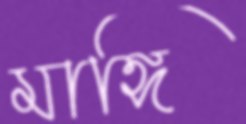
মাঙ্গি